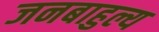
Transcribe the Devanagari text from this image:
जनबाहुल्य